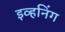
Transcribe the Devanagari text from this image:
इव्हनिंग